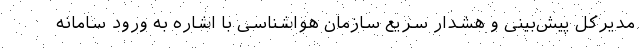
مدیرکل پیش‌بینی و هشدار سریع سازمان هواشناسی با اشاره به ورود سامانه